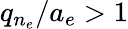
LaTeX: q_{n_{e}}/a_{e}>1